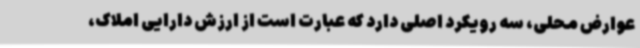
عوارض محلی، سه رویکرد اصلی دارد که عبارت است از ارزش دارایی املاک،